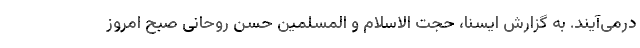
درمی‌آیند. به گزارش ایسنا، حجت الاسلام و المسلمین حسن روحانی صبح امروز